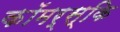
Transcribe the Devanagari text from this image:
कॉमर्स्कि